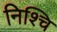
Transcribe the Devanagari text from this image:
निश्चि